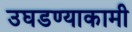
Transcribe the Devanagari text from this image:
उघडण्याकामी